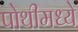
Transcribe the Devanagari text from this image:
पोथीमध्ये